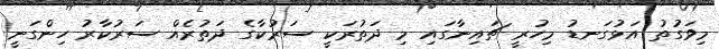
މިވަގުތު އަޅުގަނޑު މިހުރީ ޗައިނާގައި މި ދަތުރަކީ ސަރުކާގެ ދަތުރެއް ސަރުކާރު ހިންގަނީ